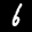
Label: 6